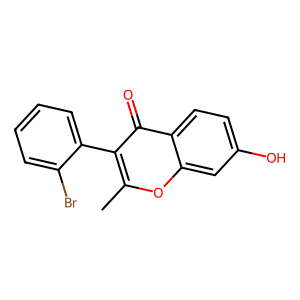
SMILES: Cc1oc2cc(O)ccc2c(=O)c1-c1ccccc1Br
Inhibits HIV replication: No